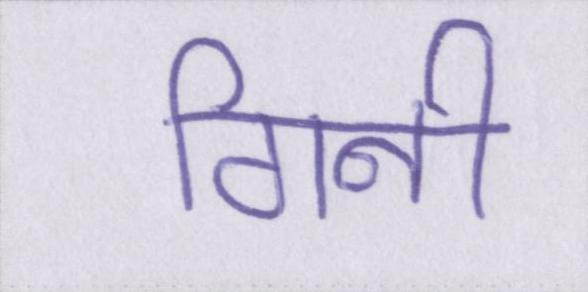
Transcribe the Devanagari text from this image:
गिनी